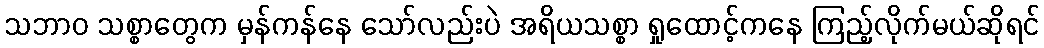
သဘာဝ သစ္စာတွေက မှန်ကန်နေ သော်လည်းပဲ အရိယသစ္စာ ရှုထောင့်ကနေ ကြည့်လိုက်မယ်ဆိုရင်